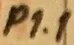
Text: P1.1